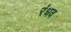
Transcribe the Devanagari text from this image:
रंधव